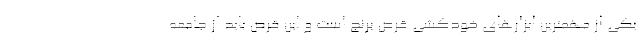
یکی از مهمترین ابزارهای خودکشی قرص برنج است و این قرص باید از جامعه